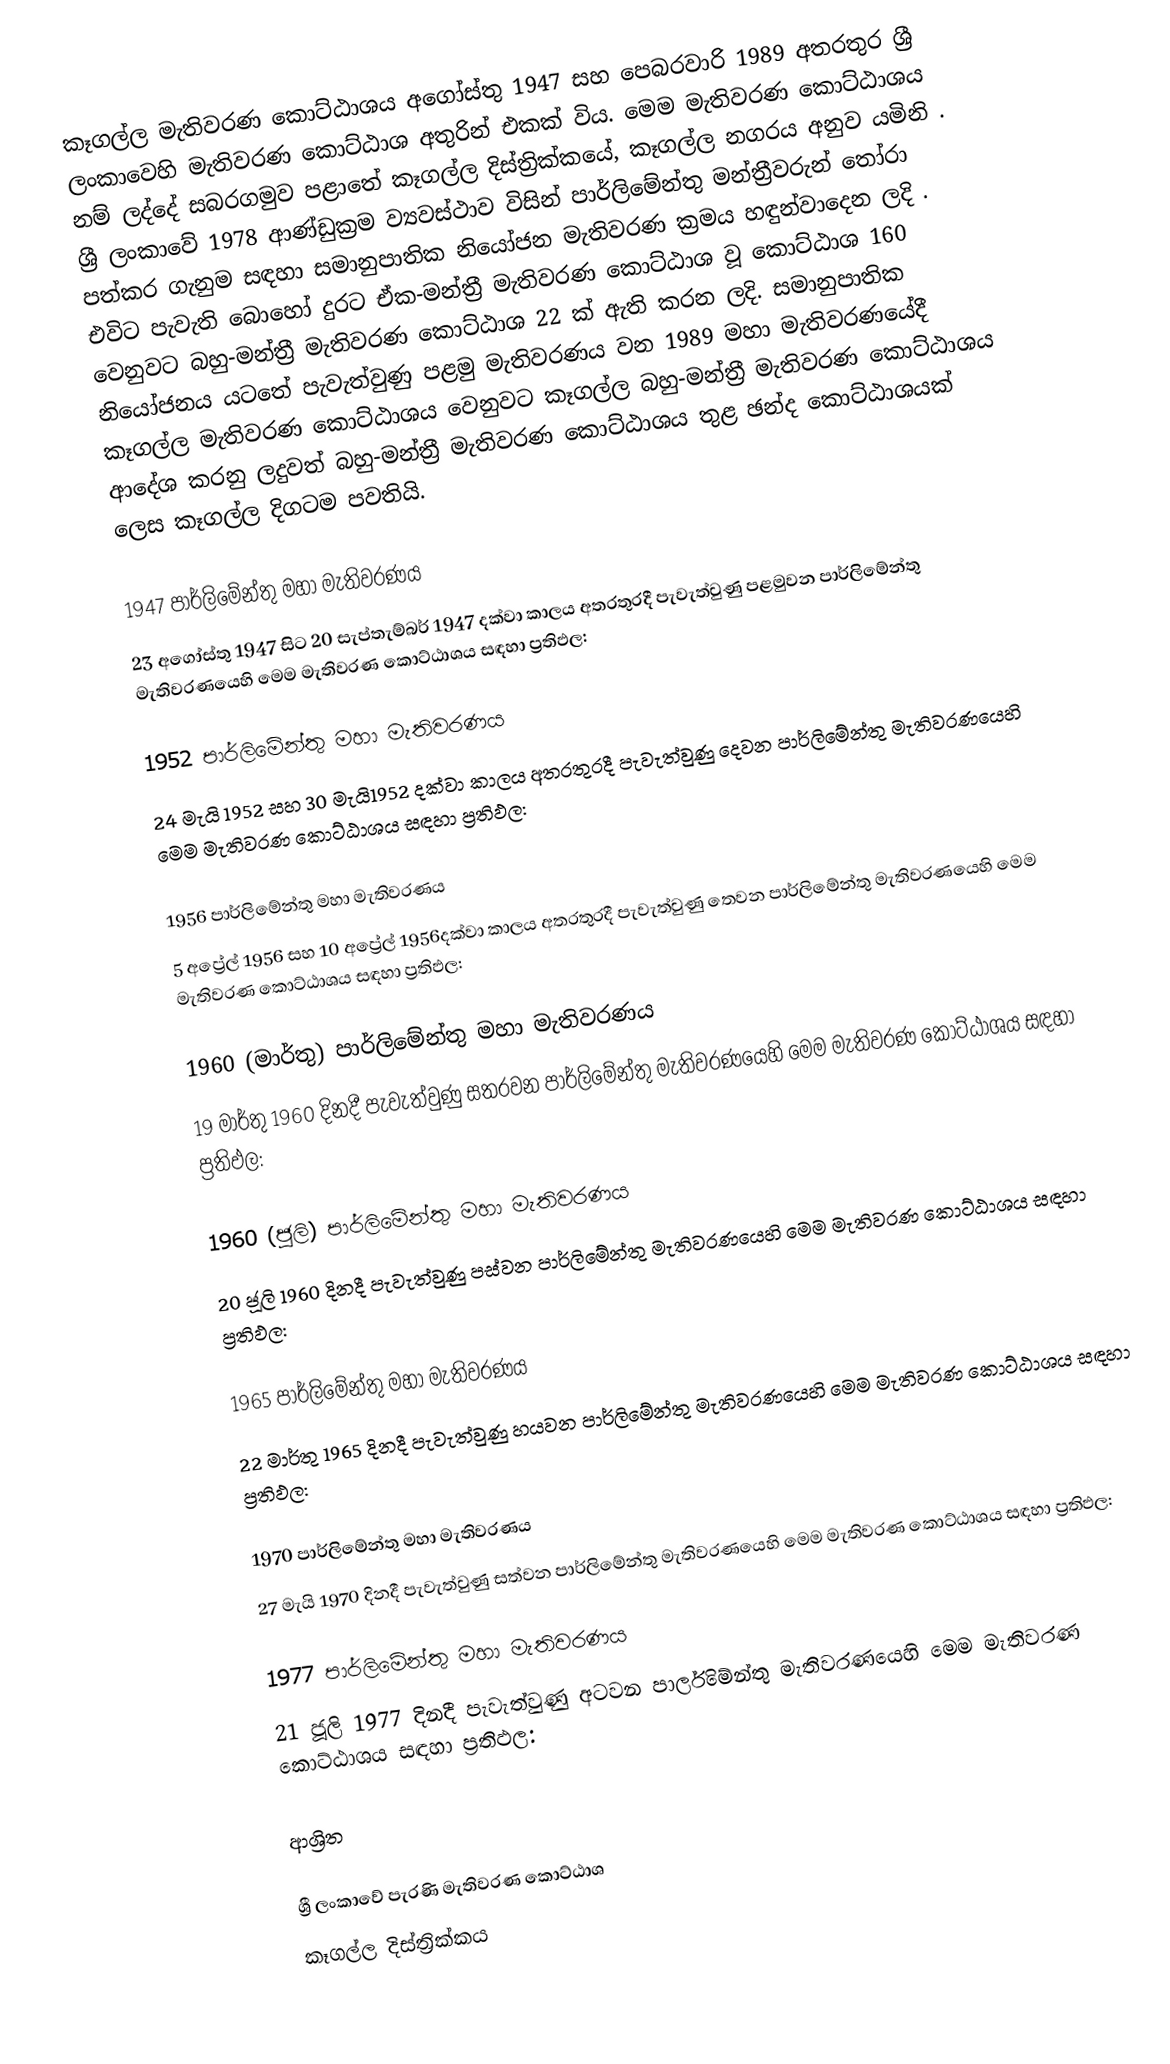
කෑගල්ල මැතිවරණ කොට්ඨාශය  අගෝස්තු 1947 සහ පෙබරවාරි 1989 අතරතුර  ශ්‍රී ලංකාවෙහි  මැතිවරණ කොට්ඨාශ අතුරින් එකක් විය. මෙම මැතිවරණ කොට්ඨාශය නම් ලද්දේ  සබරගමුව පළාතේ  කෑගල්ල දිස්ත්‍රික්කයේ,  කෑගල්ල නගරය අනුව යමිනි . ශ්‍රී ලංකාවේ 1978 ආණ්ඩුක්‍රම ව්‍යවස්ථාව විසින්   පාර්ලිමේන්තු මන්ත්‍රීවරුන් තෝරා පත්කර ගැනුම සඳහා සමානුපාතික නියෝජන මැතිවරණ ක්‍රමය හඳුන්වාදෙන ලදි . එවිට පැවැති බොහෝ දුරට  ඒක-මන්ත්‍රී මැතිවරණ කොට්ඨාශ වූ කොට්ඨාශ 160 වෙනුවට බහු-මන්ත්‍රී මැතිවරණ කොට්ඨාශ 22 ක් ඇති කරන ලදි. සමානුපාතික නියෝජනය යටතේ පැවැත්වුණු පළමු මැතිවරණය වන 1989 මහා මැතිවරණයේදී  කෑගල්ල මැතිවරණ කොට්ඨාශය වෙනුවට  කෑගල්ල බහු-මන්ත්‍රී මැතිවරණ කොට්ඨාශය  ආදේශ කරනු ලදුවත් බහු-මන්ත්‍රී මැතිවරණ කොට්ඨාශය තුළ ඡන්ද කොට්ඨාශයක් ලෙස කෑගල්ල දිගටම පවතියි.

1947 පාර්ලිමේන්තු මහා මැතිවරණය
23 අගෝස්තු 1947 සිට 20 සැප්තැම්බර් 1947 දක්වා කාලය අතරතුරදී පැවැත්වුණු  පළමුවන පාර්ලිමේන්තු මැතිවරණයෙහි මෙම මැතිවරණ කොට්ඨාශය සඳහා ප්‍රතිඵල:

1952 පාර්ලිමේන්තු මහා මැතිවරණය
24 මැයි 1952 සහ 30 මැයි1952 දක්වා කාලය අතරතුරදී පැවැත්වුණු  දෙවන පාර්ලිමේන්තු මැතිවරණයෙහි මෙම මැතිවරණ කොට්ඨාශය සඳහා ප්‍රතිඵල:

1956 පාර්ලිමේන්තු මහා මැතිවරණය
5 අප්‍රේල් 1956 සහ 10 අප්‍රේල් 1956දක්වා කාලය අතරතුරදී පැවැත්වුණු  තෙවන පාර්ලිමේන්තු මැතිවරණයෙහි මෙම මැතිවරණ කොට්ඨාශය සඳහා ප්‍රතිඵල:

1960 (මාර්තු) පාර්ලිමේන්තු මහා මැතිවරණය
19 මාර්තු 1960 දිනදී පැවැත්වුණු  සතරවන පාර්ලිමේන්තු මැතිවරණයෙහි මෙම මැතිවරණ කොට්ඨාශය සඳහා ප්‍රතිඵල:

1960 (ජූලි) පාර්ලිමේන්තු මහා මැතිවරණය
20 ජූලි 1960 දිනදී පැවැත්වුණු  පස්වන පාර්ලිමේන්තු මැතිවරණයෙහි මෙම මැතිවරණ කොට්ඨාශය සඳහා ප්‍රතිඵල:

1965 පාර්ලිමේන්තු මහා මැතිවරණය
22 මාර්තු 1965  දිනදී පැවැත්වුණු  හයවන පාර්ලිමේන්තු මැතිවරණයෙහි මෙම මැතිවරණ කොට්ඨාශය සඳහා ප්‍රතිඵල:

1970 පාර්ලිමේන්තු මහා මැතිවරණය
27 මැයි 1970 දිනදී පැවැත්වුණු  සත්වන පාර්ලිමේන්තු මැතිවරණයෙහි මෙම මැතිවරණ කොට්ඨාශය සඳහා ප්‍රතිඵල:

1977 පාර්ලිමේන්තු මහා මැතිවරණය
21 ජූලි 1977 දිනදී පැවැත්වුණු  අටවන පාර්ලිමේන්තු මැතිවරණයෙහි මෙම මැතිවරණ කොට්ඨාශය සඳහා ප්‍රතිඵල:

ආශ්‍රිත

ශ්‍රී ලංකාවේ පැරණි මැතිවරණ කොට්ඨාශ
 කෑගල්ල දිස්ත්‍රික්කය